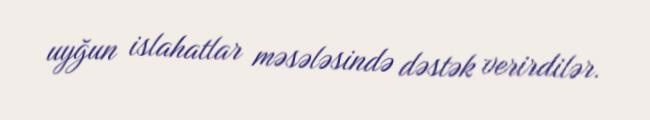
uyğun islahatlar məsələsində dəstək verirdilər.